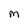
Character: M